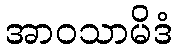
အာဝသာမိဒံ